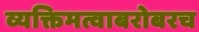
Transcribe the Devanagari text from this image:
व्यक्तिमत्वाबरोबरच